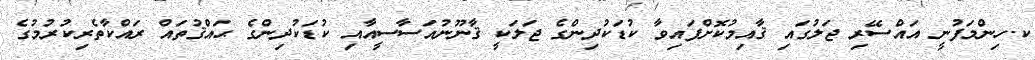
ކ.ހިންމަފުނީ އައްސޭރި ޖަލުގައި ޤާއިމުކޮށްފައިވާ ކުޑަކުދިންގެ ޖަލަކީ ޤާނޫނުއަސާސީއާއި ކުޑަކުދިންގެ ޙައްޤުތައް ރައްކާތެރިކުރުމުގެ